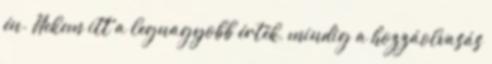
én. Nekem itt a legnagyobb érték, mindig a hozzáolvasás